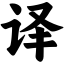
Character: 译